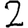
Digit: 2